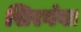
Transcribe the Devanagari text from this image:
सिरगंवा